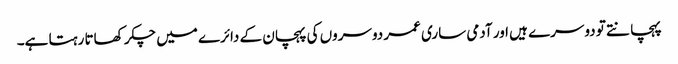
پہچانتے تو دوسرے ہیں اور آدمی ساری عمر دوسروں کی پہچان کے دائرے میں چکر کھاتا رہتا ہے۔